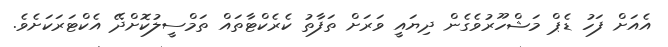
އެއަށް ފަހު ޑެޕް މަޝްހޫރުވެގެން ދިޔައީ ވަރަށް ތަފާތު ކެރެކްޓާތައް ތަމްސީލުކޮށްދޭ އެކްޓަރަކަށެވެ.